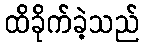
ထိခိုက်ခဲ့သည်